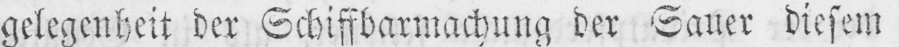
gelegenheit der Schiffbarmachung der Sauer diesem